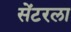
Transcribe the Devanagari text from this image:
सेंटरला